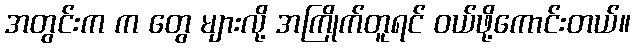
အတွင်းက က တွေ များလို့ အကြိုက်တူရင် ဝယ်ဖို့ကောင်းတယ်။